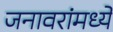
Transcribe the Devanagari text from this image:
जनावरांमध्ये